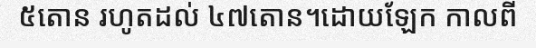
៥តោន រហូតដល់ ៤៧តោន។ដោយឡែក កាលពី